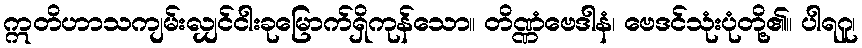
ဣတိဟာသကျမ်းလျှင်ငါးခုမြောက်ရှိကုန်သော။ တိဏ္ဏံဗေဒါနံ၊ ဗေဒင်သုံးပုံတို့၏။ ပါရဂူ၊